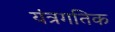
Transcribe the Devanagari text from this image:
यंत्रगतिक